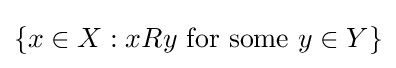
\{x\in X:xRy{\text{ for some }}y\in Y\}